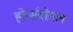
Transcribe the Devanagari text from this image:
होर्न्सवोगल